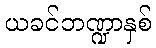
ယခင်ဘဏ္ဍာနှစ်